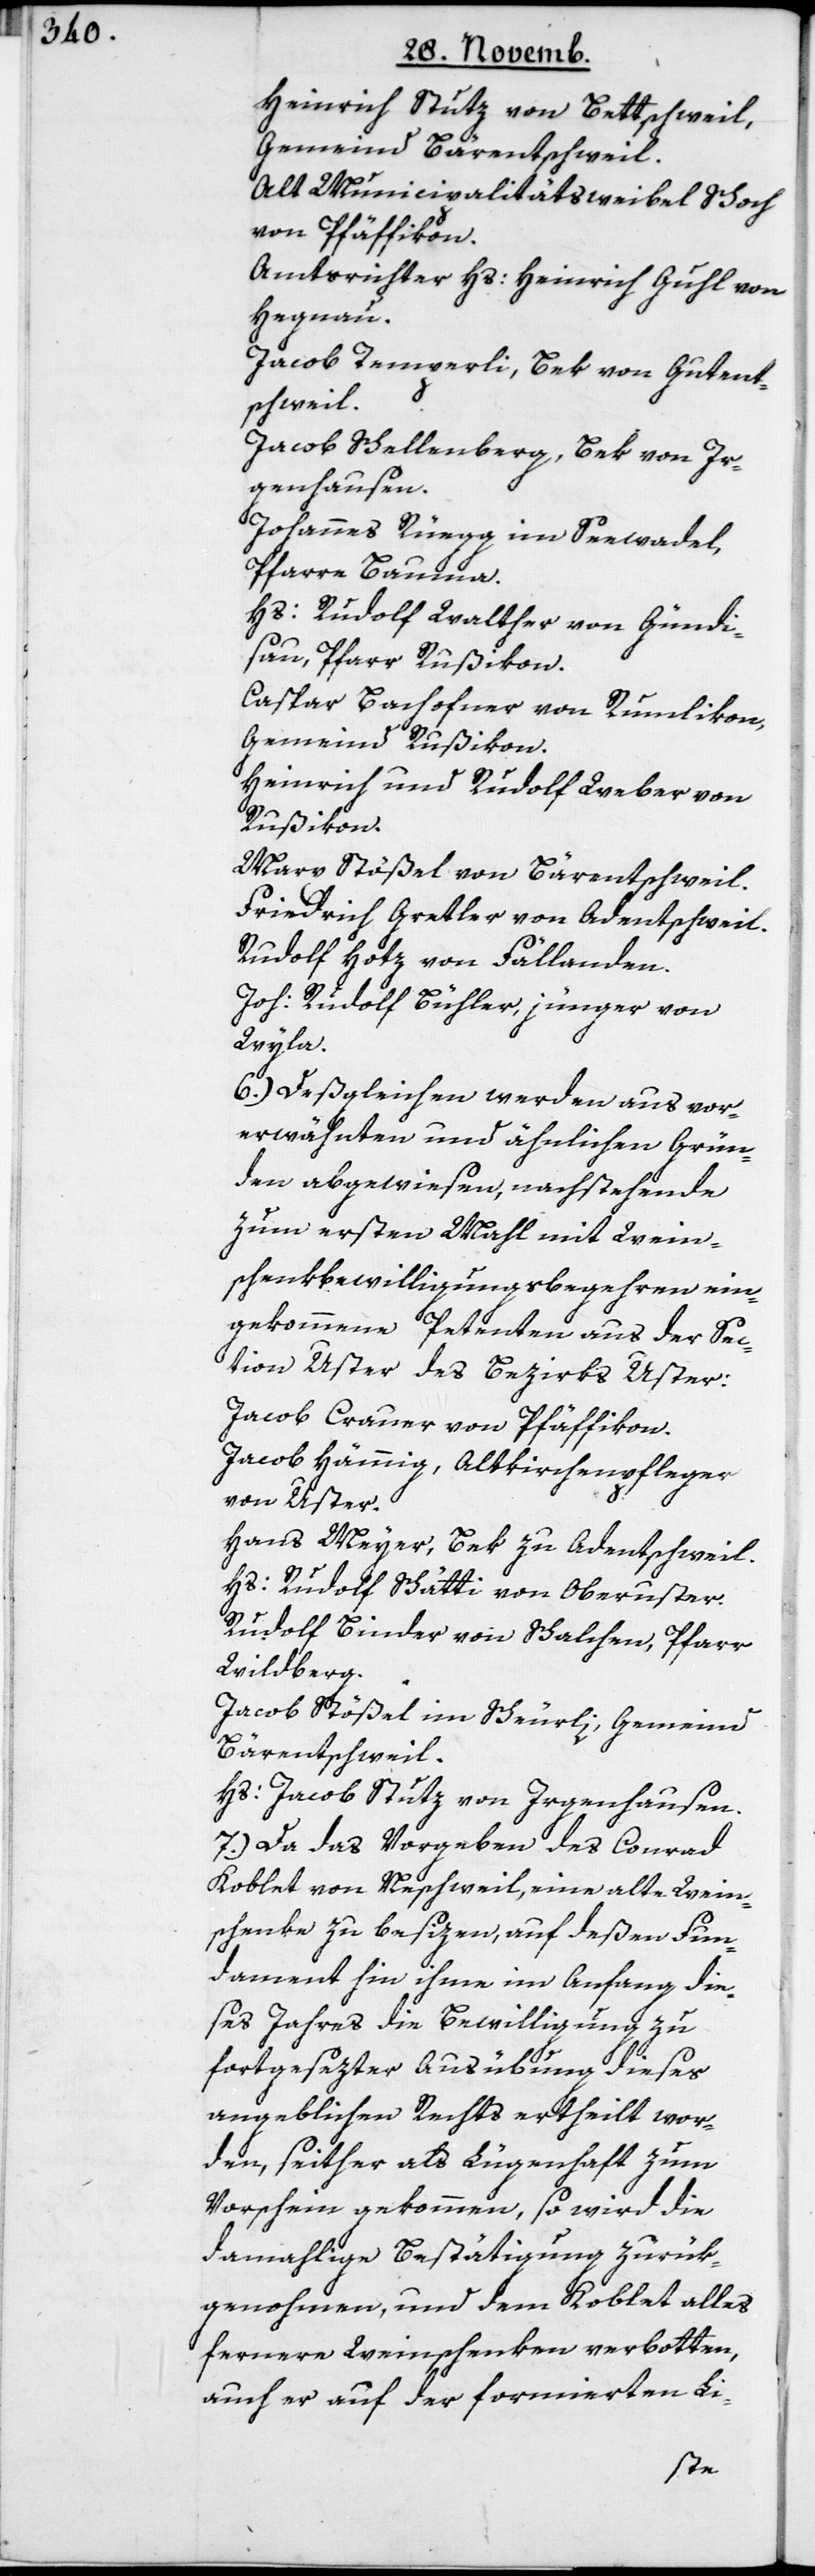
Heinrich Stutz von Bettschweil,
Gemeind Bärentschweil.
Alt Munucipalitätsweibel Schoch
von Pfäffikon.
Amtsrichter Hs. Heinrich Guhl von
Hegnau.
Jacob Temperli, Bek von Guten¬
schweil.
Jacob Schellenberg, Bek von Ir¬
genhausen.
Johannes Rüegg im Seewadel,
Pfarre Bauma.
Hs. Rudolf Walther von Gündi¬
sau, Pfarr Rußikon.
Caspar Bachofner von Rumlikon,
Gemeind Rußikon.
Heinrich und Rudolf Weber von
Rußikon.
Marx Stößel von Bärentschweil.
Friedrich Gretler von Adentschweil.
Rudolf Hotz von Fällanden.
Joh. Rudolf Bühler, jünger, von
Wyla.
6.) Deßgleichen werden aus vor¬
erwähnten und ähnlichen Grün¬
den abgewiesen, nachstehende
zum ersten Mahl mit Wein¬
schenkbewilligungsbegehren ein¬
gekommene Petenten aus der Sec¬
tion Uster des Bezirks Uster:
Jacob Crauer von Pfäffikon.
Jacob Hämmig, Altkirchenpfleger
von Uster.
Hans Meyer, Bek zu Adentschweil.
Hs. Rudolf Schätti von Oberuster.
Rudolf Binder von Schalchen, Pfarr
Wildberg.
Jacob Stößel im Schürli, Gemeind
Bärentschweil.
Hs. Jacob Stutz von Irgenhausen.
7.) Da das Vorgeben des Conrad
Koblet von Neschweil, eine alte Wein¬
schenke zu besizen, auf deßen Fun¬
dament hin ihme im Anfang die¬
ses Jahres die Bewilligung zu
fortgesezter Ausübung dieses
angeblichen Rechts ertheilt wor¬
den, seither als Lügenhaft zum
Vorschein gekommen, so wird die
damahlige Bestätigung zurük¬
genohmen, und dem Koblet alles
fernere Weinschenken verbotten,
auch er auf der formierten Li-